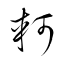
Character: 軻